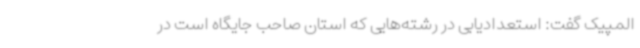
المپیک گفت: استعدادیابی در رشته‌هایی که استان صاحب جایگاه است در